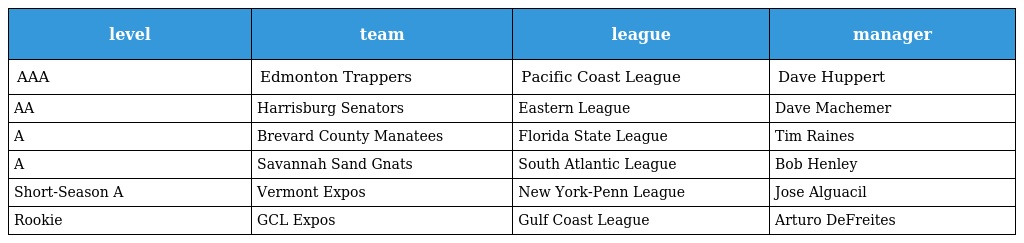
| level | team | league | manager |
 | --- | --- | --- | --- |
 | AAA | Edmonton Trappers | Pacific Coast League | Dave Huppert |
 | AA | Harrisburg Senators | Eastern League | Dave Machemer |
 | A | Brevard County Manatees | Florida State League | Tim Raines |
 | A | Savannah Sand Gnats | South Atlantic League | Bob Henley |
 | Short-Season A | Vermont Expos | New York-Penn League | Jose Alguacil |
 | Rookie | GCL Expos | Gulf Coast League | Arturo DeFreites |